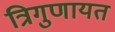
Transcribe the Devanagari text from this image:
त्रिगुणायत